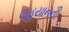
લહયાનની